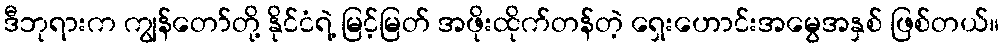
ဒီဘုရားက ကျွန်တော်တို့ နိုင်ငံရဲ့ မြင့်မြတ် အဖိုးထိုက်တန်တဲ့ ရှေးဟောင်းအမွေအနှစ် ဖြစ်တယ်။